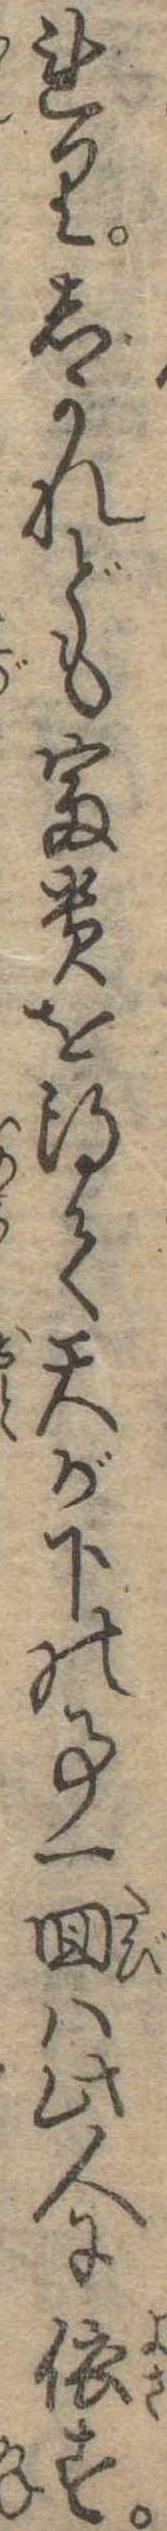
れりしかれども富貴を得て天が下の事一回は此人に依す